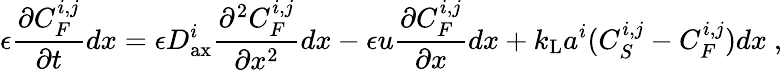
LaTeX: \epsilon\frac{\partial C_{F}^{i,j}}{\partial t}dx=\epsilon D_{\mathrm{ax}}^{i}\frac{\partial^{2}C_{F}^{i,j}}{\partial x^{2}}dx-\epsilon u\frac{\partial C_{F}^{i,j}}{\partial x}dx+k_{\mathrm{L}}a^{i}(C_{S}^{i,j}-C_{F}^{i,j})dx\ ,